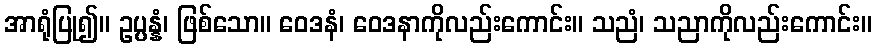
အာရုံပြု၍။ ဥပ္ပန္နံ၊ ဖြစ်သော။ ဝေဒနံ၊ ဝေဒနာကိုလည်းကောင်း။ သညံ၊ သညာကိုလည်းကောင်း။